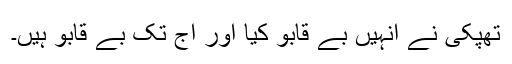
تھپکی نے انہیں بے قابو کیا اور آج تک بے قابو ہیں۔